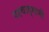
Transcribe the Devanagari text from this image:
पश्चाद्गामी